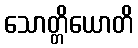
သောတ္တိယောတိ